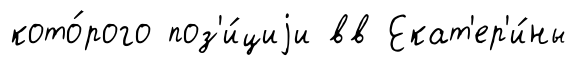
кото́рого поз'и́циjи вв Екат'ер'и́ны